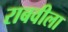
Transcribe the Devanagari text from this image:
राबवीला